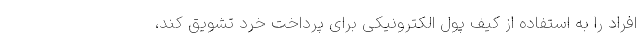
افراد را به استفاده از کیف پول الکترونیکی برای پرداخت خرد تشویق کند،